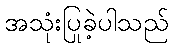
အသုံးပြုခဲ့ပါသည်